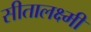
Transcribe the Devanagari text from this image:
सीतालक्ष्मी